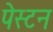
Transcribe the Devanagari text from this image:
पेस्टन